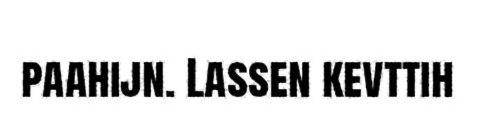
paahijn. Lassen kevttih